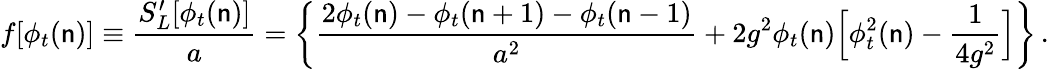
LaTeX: f[\phi_{t}(\mathsf{n})]\equiv{\frac{{S_{L}^{\prime}[\phi_{t}(\mathsf{n})]}}{{a}}}=\biggl\{ {\frac{{2\phi_{t}(\mathsf{n})-\phi_{t}(\mathsf{n}+1)-\phi_{t}(\mathsf{n}-1)}}{{a^{2}}}}+2g^{2}\phi_{t}(\mathsf{n})\Bigl[\phi_{t}^{2}(\mathsf{n})-{\frac{{1}}{{4g^{2}}}}\Bigr]\biggr\} \, .